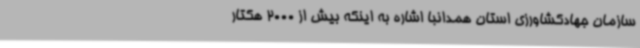
سازمان جهادکشاورزی استان همدانبا اشاره به اینکه بیش از 2000 هکتار